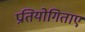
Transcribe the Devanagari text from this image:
प्रतियोगिताए